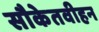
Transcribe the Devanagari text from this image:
सौकेतवीहन